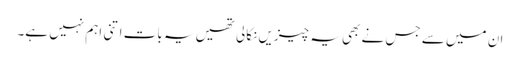
ان میں سے جس نے بھی یہ چیزیں نکالی تھیں یہ بات اتنی اہم نہیں ہے۔